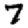
Digit: 7